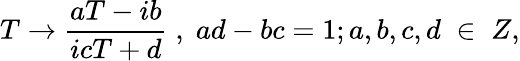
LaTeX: T\rightarrow\frac{aT-ib}{icT+d}\; ,\; ad-bc=1;a,b,c,d\; \in\; Z,